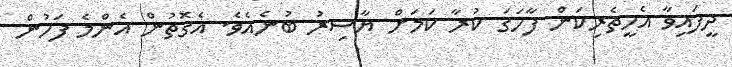
ދީފައިވާ އެހީތެރިކަން ފާހަގަ ކުރާ ކަމަށް ޔާސިރު ބުނެއެވެ. އެގޮތުން އެންމެ ފަހުން